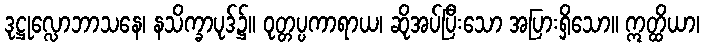
ဒုဋ္ဌုလ္လောဘာသနေ၊ နသိက္ခာပုဒ်၌။ ဝုတ္တပ္ပကာရာယ၊ ဆိုအပ်ပြီးသော အပြားရှိသော။ ဣတ္ထိယာ၊